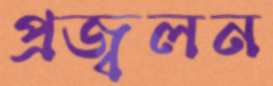
প্রজ্বলন